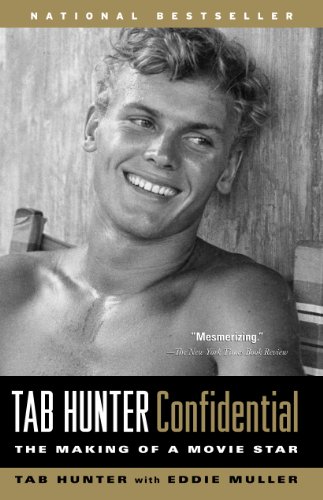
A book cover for Tab Hunter Confidential: The Making of a Movie Star; Tab Hunter; Biographies & Memoirs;